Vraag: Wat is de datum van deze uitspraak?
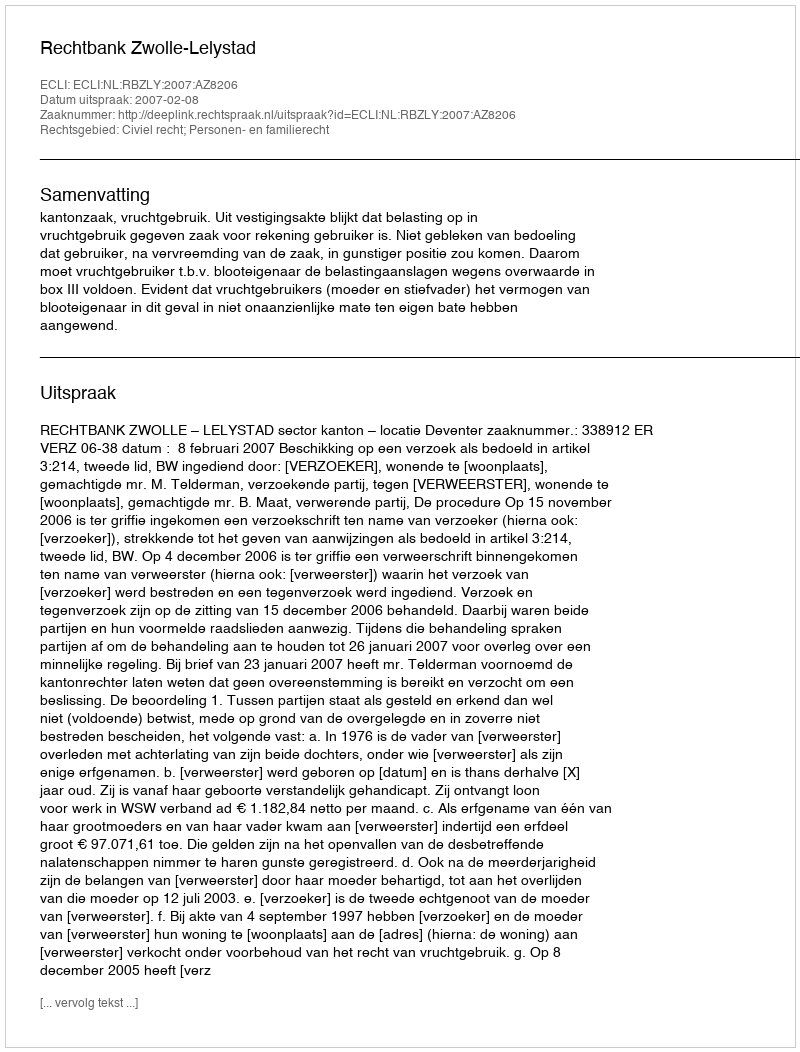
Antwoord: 2007-02-08